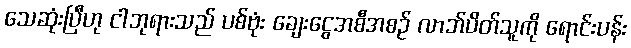
သေဆုံးပြီဟု ငါဘုရားသည် ပစ်ဗုံး ချေးငွေအစီအစဉ် လာဘ်ပိတ်သူကို ရောင်းပန်း